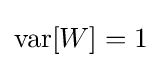
\operatorname {var} [W]=1